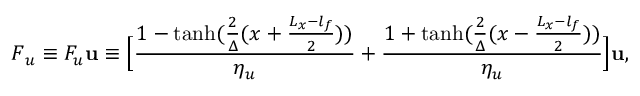
\boldsymbol { F } _ { u } \equiv F _ { u } \mathbf { u } \equiv \Big [ \frac { 1 - \operatorname { t a n h } ( \frac { 2 } { \Delta } ( x + \frac { L _ { x } - l _ { f } } { 2 } ) ) } { \eta _ { u } } + \frac { 1 + \operatorname { t a n h } ( \frac { 2 } { \Delta } ( x - \frac { L _ { x } - l _ { f } } { 2 } ) ) } { \eta _ { u } } \Big ] \mathbf { u } ,